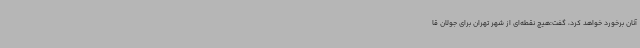
آنان برخورد خواهد کرد، گفت:هیچ نقطه‌ای از شهر تهران برای جولان قا